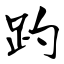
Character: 趵